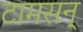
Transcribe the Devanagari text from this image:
टामसन्